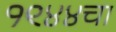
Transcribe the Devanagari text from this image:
१९४४चा